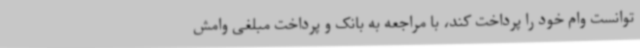
توانست وام خود را پرداخت کند، با مراجعه به بانک و پرداخت مبلغی وامش